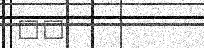
٧٠